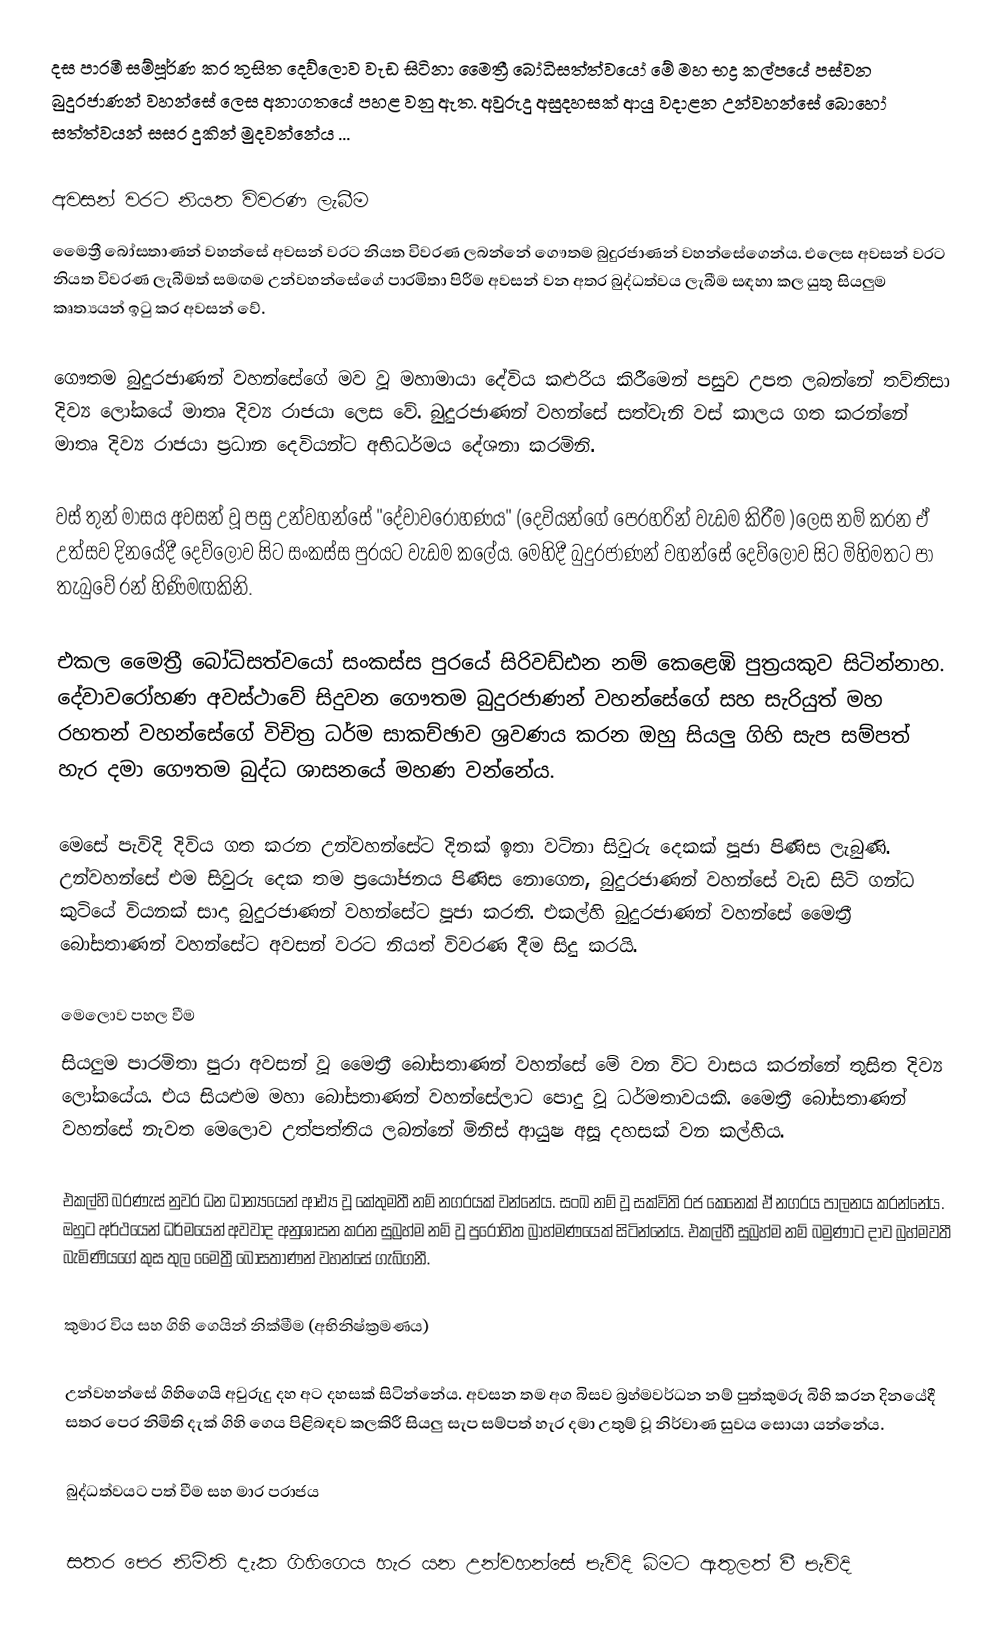
දස පාරමී සම්පූර්ණ කර තුසිත දෙව්ලොව වැඩ සිටිනා මෛත්‍රී බෝධිසත්ත්වයෝ මේ මහ භද්‍ර කල්පයේ පස්වන බුදුරජාණන් වහන්සේ ලෙස අනාගතයේ පහළ වනු ඇත. අවුරුදු අසුදහසක් ආයු වදාළන උන්වහන්සේ බොහෝ සත්ත්වයන් සසර දුකින් මුදවන්නේය ...

අවසන් වරට නියත විවරණ ලැබීම
මෛත්‍රී බෝසතාණන් වහන්සේ අවසන් වරට නියත විවරණ ලබන්නේ ගෞතම බුදුරජාණන් වහන්සේගෙන්ය. එලෙස අවසන් වරට නියත විවරණ ලැබීමත් සමඟම උන්වහන්සේගේ පාරමිතා පිරීම අවසන් වන අතර බුද්ධත්වය ලැබීම සඳහා කල යුතු සියලුම කෘත්‍යයන් ඉටු කර අවසන් වේ.

ගෞතම බුදුරජාණන් වහන්සේගේ මව වූ මහාමායා දේවිය කළුරිය කිරීමෙන් පසුව උපත ලබන්නේ තව්තිසා දිව්‍ය ලෝකයේ මාතෘ දිව්‍ය රාජයා ලෙස වේ. බුදුරජාණන් වහන්සේ සත්වැනි වස් කාලය ගත කරන්නේ මාතෘ දිව්‍ය රාජයා ප්‍රධාන දෙවියන්ට අභිධර්මය දේශනා කරමිනි.

වස් තුන් මාසය අවසන් වූ පසු උන්වහන්සේ "දේවාවරෝහණය" (දෙවියන්ගේ පෙරහරින් වැඩම කිරීම )ලෙස නම් කරන ඒ උත්සව දිනයේදී දෙව්ලොව සිට සංකස්ස පුරයට වැඩම කලේය. මෙහිදී බුදුරජාණන් වහන්සේ  දෙව්ලොව සිට මිහිමතට පා තැබුවේ රන් හිණිමඟකිනි.

එකල මෛත්‍රී බෝධිසත්වයෝ සංකස්ස පුරයේ සිරිවඩ්ඪන නම් කෙළෙඹි පුත්‍රයකුව සිටින්නාහ. දේවාවරෝහණ අවස්ථාවේ සිදුවන ගෞතම බුදුරජාණන් වහන්සේගේ සහ සැරියුත් මහ රහතන් වහන්සේගේ විචිත්‍ර ධර්ම සාකච්ඡාව ශ්‍රවණය කරන ඔහු සියලු ගිහි සැප සම්පත් හැර දමා ගෞතම බුද්ධ ශාසනයේ මහණ වන්නේය.

මෙසේ පැවිදි දිවිය ගත කරන උන්වහන්සේට දිනක් ඉතා වටිනා සිවුරු දෙකක් පූජා පිණිස ලැබුණි. උන්වහන්සේ එම සිවුරු දෙක තම ප්‍රයෝජනය පිණිස නොගෙන, බුදුරජාණන් වහන්සේ වැඩ සිටි ගන්ධ කුටියේ වියනක් සාදා බුදුරජාණන් වහන්සේට පූජා කරති. එකල්හි බුදුරජාණන් වහන්සේ මෛත්‍රී බෝසතාණන් වහන්සේට අවසන් වරට නියත් විවරණ දීම සිදු කරයි.

මෙලොව පහල වීම
සියලුම පාරමිතා පුරා අවසන් වූ මෛත්‍රී බෝසතාණන් වහන්සේ මේ වන විට වාසය කරන්නේ තුසිත දිව්‍ය ලෝකයේය. එය සියළුම මහා බෝසතාණන් වහන්සේලාට පොදු වූ ධර්මතාවයකි. මෛත්‍රී බෝසතාණන් වහන්සේ නැවත මෙලොව උත්පත්තිය ලබන්නේ මිනිස් ආයුෂ අසූ දහසක් වන කල්හිය.

එකල්හි බරණැස් නුවර ධන ධාන්‍යයෙන් ආඪ්‍ය වූ කේතුමතී නම් නගරයක් වන්නේය. සංඛ නම් වූ සක්විති රජ කෙනෙක් ඒ නගරය පාලනය කරන්නේය. ඔහුට අර්ථයෙන් ධර්මයෙන් අවවාද අනුශාසන කරන සුබ්‍රහ්ම නම් වූ පුරෝහිත බ්‍රාහ්මණයෙක් සිටින්නේය. එකල්හී සුබ්‍රහ්ම නම් බමුණාට දාව බ්‍රහ්මවතී බැමිණියගේ කුස තුල මෛත්‍රී බෝසතාණන් වහන්සේ ගැබ්ගනී.

කුමාර විය සහ ගිහි ගෙයින් නික්මීම (අභිනිෂ්ක්‍රමණය)

උන්වහන්සේ ගිහිගෙයි අවුරුදු දහ අට දහසක් සිටින්නේය. අවසන තම අග බිසව බ්‍රහ්මවර්ධන නම් පුත්කුමරු බිහි කරන දිනයේදී සතර පෙර නිමිති දැක් ගිහි ගෙය පිළිබඳව කලකිරී සියලු සැප සම්පත් හැර දමා උතුම් වූ නිර්වාණ සුවය සොයා යන්නේය.

බුද්ධත්වයට පත් වීම සහ මාර පරාජය

සතර පෙර නිමිති දැක ගිහිගෙය හැර යන උන්වහන්සේ පැවිදි බිමට ඇතුලත් වී පැවිදි